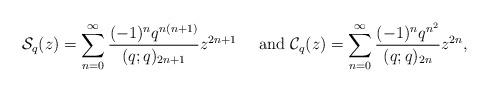
LaTeX: \begin{align*}\mathcal{S}_{q}(z)=\sum_{n=0}^{\infty}\frac{(-1)^{n}q^{n(n+1)}}{(q;q)_{2n+1}}z^{2n+1} \quad\mbox{ and }\mathcal{C}_{q}(z)=\sum_{n=0}^{\infty}\frac{(-1)^{n}q^{n^{2}}}{(q;q)_{2n}}z^{2n}, \end{align*}